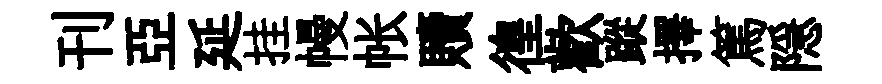
刊亞延挂幔帐贖徨歡蹤擇篤隠